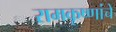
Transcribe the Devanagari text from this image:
रामकृष्णांचे